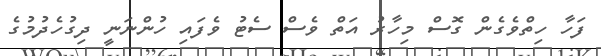
ފަހާ ހިތްވެގެން ގޮސް މިހާރު އަތް ވެސް ސެޓު ވެފައި ހުންނަނީ ދިގުހެދުމުގެ